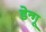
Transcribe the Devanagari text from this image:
डेन्गू